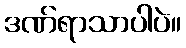
ဒဏ်ရာသာပါပဲ။